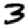
Digit: 3